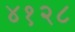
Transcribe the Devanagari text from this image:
४१२८